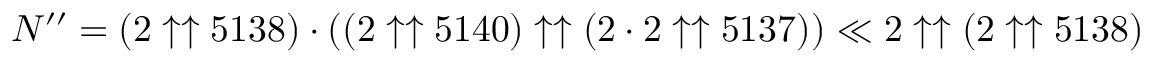
N ^ { \prime \prime } = ( 2 \uparrow \uparrow 5 1 3 8 ) \cdot ( ( 2 \uparrow \uparrow 5 1 4 0 ) \uparrow \uparrow ( 2 \cdot 2 \uparrow \uparrow 5 1 3 7 ) ) \ll 2 \uparrow \uparrow ( 2 \uparrow \uparrow 5 1 3 8 )